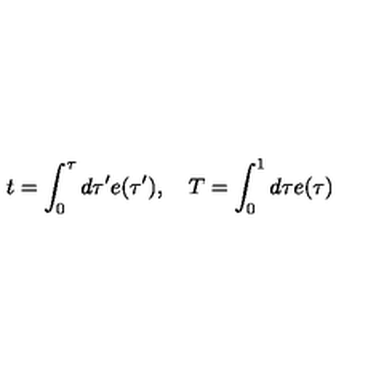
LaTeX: t = \int _ { 0 } ^ { \tau } d \tau ^ { \prime } e ( \tau ^ { \prime } ) , \quad T = \int _ { 0 } ^ { 1 } d \tau e ( \tau )